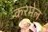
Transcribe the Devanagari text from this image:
करमेल